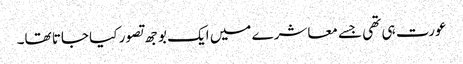
عورت ہی تھی جسے معاشرے میں ایک بوجھ تصور کیا جاتا تھا۔